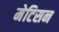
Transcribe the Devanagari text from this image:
मेटिसन